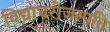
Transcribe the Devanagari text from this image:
विद्याधरोजस्पति